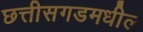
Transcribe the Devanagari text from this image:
छत्तीसगडमधील